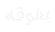
يفوقه